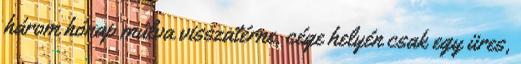
három hónap múlva visszatérne, cége helyén csak egy üres,